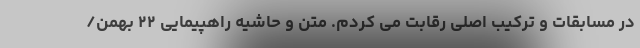
در مسابقات و ترکیب اصلی رقابت می کردم. متن و حاشیه راهپیمایی ۲۲ بهمن/